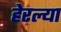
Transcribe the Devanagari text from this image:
हेरल्या